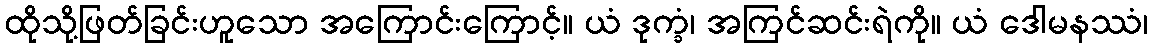
ထိုသို့ဖြတ်ခြင်းဟူသော အကြောင်းကြောင့်။ ယံ ဒုက္ခံ၊ အကြင်ဆင်းရဲကို။ ယံ ဒေါမနဿံ၊